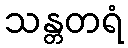
သန္တတရံ